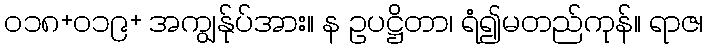
၀၁၈+၀၁၉+ အကျွန်ုပ်အား။ န ဥပဋ္ဌိတာ၊ ရံ၍မတည်ကုန်။ ရာဇ၊